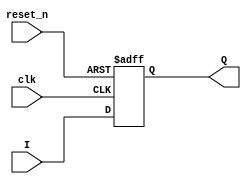
module REG 
#(parameter REG_WIDTH = 32)
(
	input clk, reset_n,
	input [REG_WIDTH-1:0] I,
	output reg [REG_WIDTH-1:0] Q
	);

always@(posedge clk, negedge reset_n) begin
	if(~reset_n) 
		Q <= 0;
	else 
		Q<= I;
end
endmodule